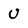
Character: U